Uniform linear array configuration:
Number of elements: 64
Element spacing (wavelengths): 1
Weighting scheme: blackman
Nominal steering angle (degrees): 30
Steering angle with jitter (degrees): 30.413
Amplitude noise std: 0.05
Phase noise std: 0.05

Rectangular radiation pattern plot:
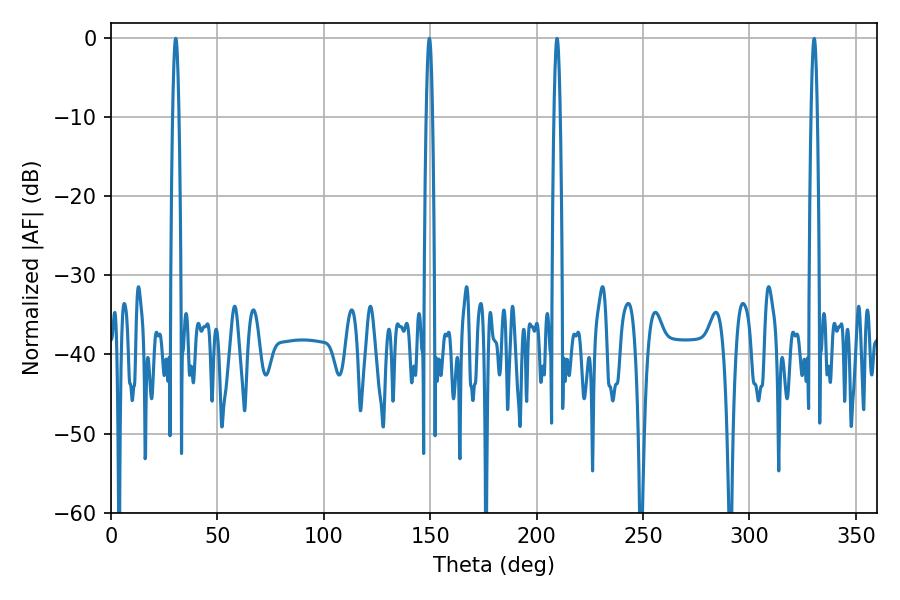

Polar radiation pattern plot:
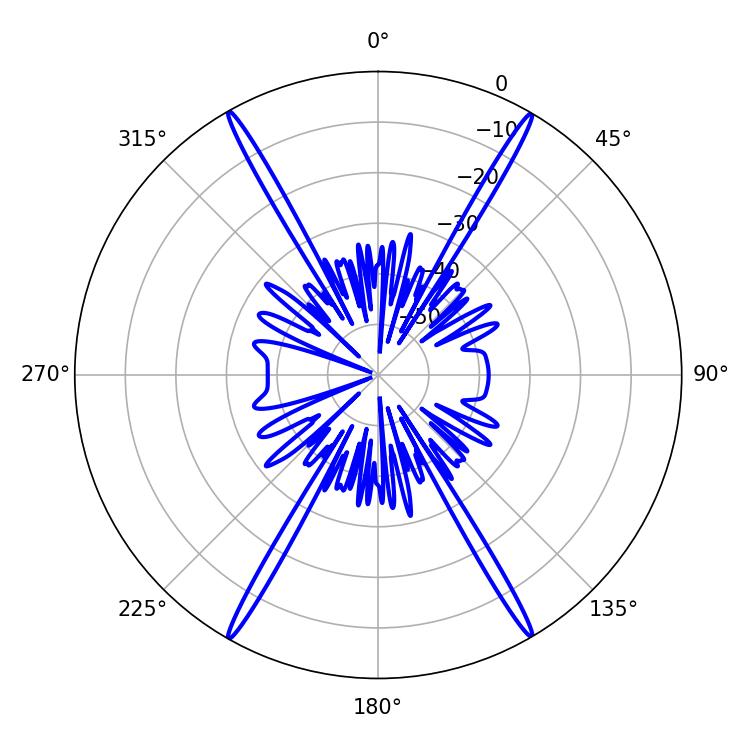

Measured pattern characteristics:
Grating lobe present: TRUE
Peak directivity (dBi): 33.051
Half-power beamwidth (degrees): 1.44
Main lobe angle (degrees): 30.42